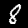
Digit: 8